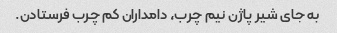
به جای شیر پاژن نیم چرب، دامداران کم چرب فرستادن.